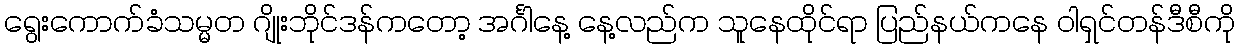
ရွေးကောက်ခံသမ္မတ ဂျိုးဘိုင်ဒန်ကတော့ အင်္ဂါနေ့ နေ့လည်က သူနေထိုင်ရာ ပြည်နယ်ကနေ ဝါရှင်တန်ဒီစီကို